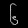
Digit: ၆